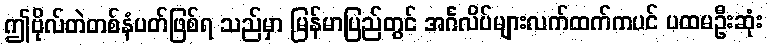
ဤဗိုလ်တဲတစ်နံပတ်ဖြစ်ရ သည်မှာ မြန်မာပြည်တွင် အင်္ဂလိပ်များလက်ထက်ကပင် ပထမဦးဆုံး